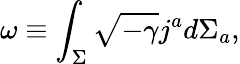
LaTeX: \omega\equiv\int_{\Sigma}\sqrt{-\gamma}j^{a}d\Sigma_{a},